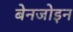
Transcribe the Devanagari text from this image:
बेनजोइन